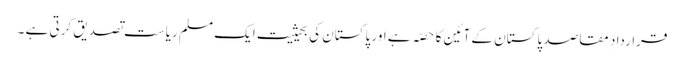
قرارداد ِ مقاصد پاکستان کے آئین کا حصّہ ہے اور پاکستان کی بحیثیت ایک مسلم ریاست تصدیق کرتی ہے ۔